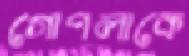
গোপলাকে